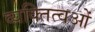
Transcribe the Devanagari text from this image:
व्यक्तित्वओं